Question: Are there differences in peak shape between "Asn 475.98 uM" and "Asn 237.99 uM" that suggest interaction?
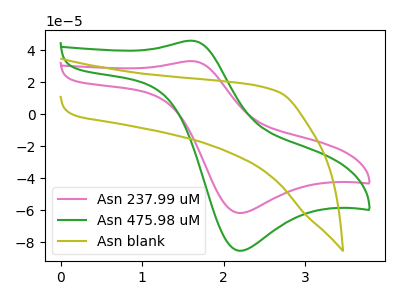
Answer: <think>The pink curve "Asn 237.99 uM" has an anodic peak at (1.60V, 33.35uA) and a cathodic peak at (2.20V, -61.60uA). The green curve "Asn 475.98 uM" has an anodic peak at (1.60V, 46.10uA) and a cathodic peak at (2.20V, -85.20uA). The olive curve "Asn blank" has no peaks.
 All the peaks in "Asn 475.98 uM" have a peak in "Asn 237.99 uM" at the same potential. Every peak in "Asn 475.98 uM" is higher than every peak in "Asn 237.99 uM".</think>
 <answer>No, "Asn 475.98 uM" and "Asn 237.99 uM" don't appear to be significantly different in shape</answer>
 <eval>no_change</eval>